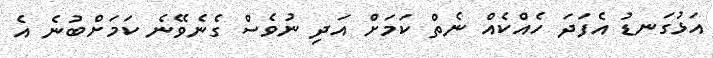
އަޅުގަނޑު އެފަދަ ހެއްކެއް ނެތް ކަމަށް އަދި ނުވެސް ގެނެވޭނެ ކަމަށްބުނެ އެ